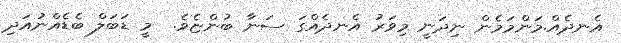
އެނދެއް.މަންމަމެން ނިދަނީ މިވަރު އެނދެއްގަ ސަނާ ބުންޏެވެ.  މީ ޑަބަލް ބެޑެއްނުއަދި